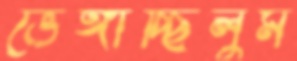
ভেঙ্গাচ্ছিলুম